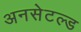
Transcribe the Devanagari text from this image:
अनसेटल्ड